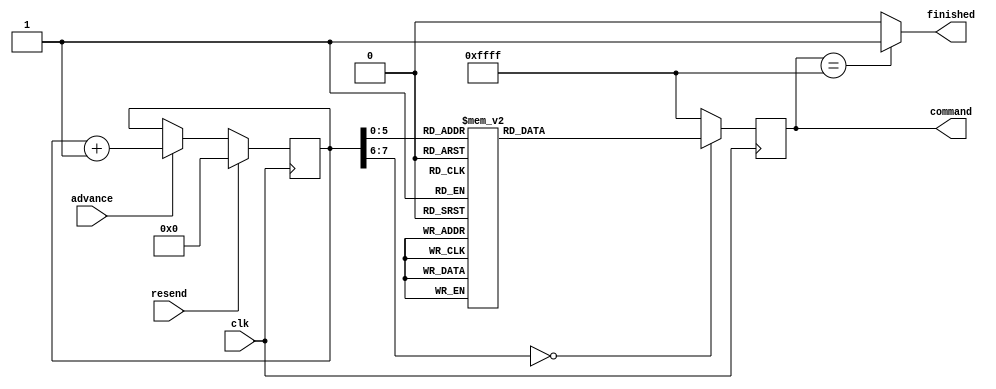
module ov7670_registers(
	input clk,
	input resend,
	input advance,
	output [15:0]command,
	output finished
	);
reg finished;
reg [7:0]address;
reg [15:0]sreg;
assign command = sreg;

always @ ( sreg)
	begin
		if ( sreg == 16'b1111111111111111 ) begin
				finished <= 1'b1;
			end
		else 
			begin
				finished <= 1'b0;
			end
	end

always @ ( posedge clk)
	begin
		if ( clk == 1'b1 )
			begin
				if ( resend == 1'b1 )
					begin
						address <= { 1'b0 };
					end
				else
					begin
						if ( advance == 1'b1 )
							begin
								address <= ( $unsigned(address) + 1 );
							end
					end
				case ( address )
					2'b00:
						begin
							sreg <= 13'b1001010000000;
						end
					2'b01:
						begin
							sreg <= 13'b1001010000000;
						end
					2'b10:
						begin
							sreg <= 13'b1001000000100;
						end
					2'b11:
						begin
							sreg <= 4'b1100;
						end
					3'b100:
						begin
							sreg <= 12'b110000000000;
						end
					3'b101:
						begin
							sreg <= 14'b11111000000000;
						end
					3'b110:
						begin
							sreg <= 16'b1000110000000000;
						end
					3'b111:
						begin
							sreg <= 11'b10000000000;
						end
					4'b1000:
						begin
							sreg <= 15'b100000000010000;
						end
					4'b1001:
						begin
							sreg <= 14'b11101000000100;
						end
					4'b1010:
						begin
							sreg <= 13'b1010000111000;
						end
					4'b1011:
						begin
							sreg <= 15'b100111110110011;
						end
					4'b1100:
						begin
							sreg <= 15'b101000010110011;
						end
					4'b1101:
						begin
							sreg <= 15'b101000100000000;
						end
					4'b1110:
						begin
							sreg <= 15'b101001000111101;
						end
					4'b1111:
						begin
							sreg <= 15'b101001110100111;
						end
					2'b10:
						begin
							sreg <= 15'b101010011100100;
						end
					2'b11:
						begin
							sreg <= 15'b101100010011110;
						end
					5'b10010:
						begin
							sreg <= 14'b11110111000000;
						end
					5'b10011:
						begin
							sreg <= 4'b1100;
						end
					5'b10100:
						begin
							sreg <= 13'b1011100010001;
						end
					5'b10101:
						begin
							sreg <= 13'b1100001100001;
						end
					5'b10110:
						begin
							sreg <= 14'b11001010100100;
						end
					5'b10111:
						begin
							sreg <= 13'b1100100000011;
						end
					5'b11000:
						begin
							sreg <= 13'b1101001111011;
						end
					5'b11001:
						begin
							sreg <= 10'b1100001010;
						end
					5'b11010:
						begin
							sreg <= 12'b111001100001;
						end
					5'b11011:
						begin
							sreg <= 12'b111101001011;
						end
					5'b11100:
						begin
							sreg <= 13'b1011000000010;
						end
					5'b11101:
						begin
							sreg <= 13'b1111000110111;
						end
					5'b11110:
						begin
							sreg <= 14'b10000100000010;
						end
					5'b11111:
						begin
							sreg <= 14'b10001010010001;
						end
					6'b100000:
						begin
							sreg <= 14'b10100100000111;
						end
					6'b100001:
						begin
							sreg <= 14'b11001100001011;
						end
					6'b100010:
						begin
							sreg <= 14'b11010100001011;
						end
					6'b100011:
						begin
							sreg <= 14'b11011100011101;
						end
					6'b100100:
						begin
							sreg <= 14'b11100001110001;
						end
					6'b100101:
						begin
							sreg <= 14'b11100100101010;
						end
					6'b100110:
						begin
							sreg <= 14'b11110001111000;
						end
					6'b100111:
						begin
							sreg <= 15'b100110101000000;
						end
					6'b101000:
						begin
							sreg <= 15'b100111000100000;
						end
					6'b101001:
						begin
							sreg <= 15'b110100100000000;
						end
					6'b101010:
						begin
							sreg <= 15'b110101101001010;
						end
					6'b101011:
						begin
							sreg <= 15'b111010000010000;
						end
					6'b101100:
						begin
							sreg <= 16'b1000110101001111;
						end
					6'b101101:
						begin
							sreg <= 16'b1000111000000000;
						end
					6'b101110:
						begin
							sreg <= 16'b1000111100000000;
						end
					6'b101111:
						begin
							sreg <= 16'b1001000000000000;
						end
					6'b110000:
						begin
							sreg <= 16'b1001000100000000;
						end
					6'b110001:
						begin
							sreg <= 16'b1001011000000000;
						end
					6'b110010:
						begin
							sreg <= 16'b1001101000000000;
						end
					6'b110011:
						begin
							sreg <= 16'b1011000010000100;
						end
					6'b110100:
						begin
							sreg <= 16'b1011000100001100;
						end
					6'b110101:
						begin
							sreg <= 16'b1011001000001110;
						end
					6'b110110:
						begin
							sreg <= 16'b1011001110000010;
						end
					6'b110111:
						begin
							sreg <= 16'b1011100000001010;
						end
					default :
						begin
							sreg <= 16'b1111111111111111;
						end
				endcase
		end
	end
endmodule